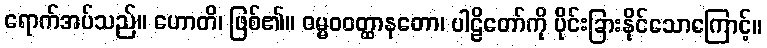
ရောက်အပ်သည်။ ဟောတိ၊ ဖြစ်၏။ ဓမ္မဝဝတ္ထာနတော၊ ပါဠိတော်ကို ပိုင်းခြားနိုင်သောကြောင့်။